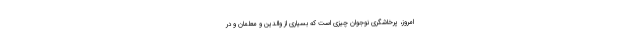
امروز، پرخاشگری نوجوان چیزی است که بسیاری از والدین و معلمان و در